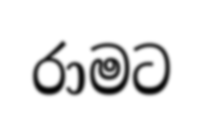
රාමට